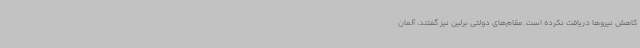
کاهش نیروها دریافت نکرده است. مقام‌های دولتی برلین نیز گفتند، آلمان